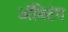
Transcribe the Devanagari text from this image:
अॅक्टिंग